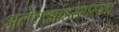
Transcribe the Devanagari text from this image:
अलेक्झांडरसारखा